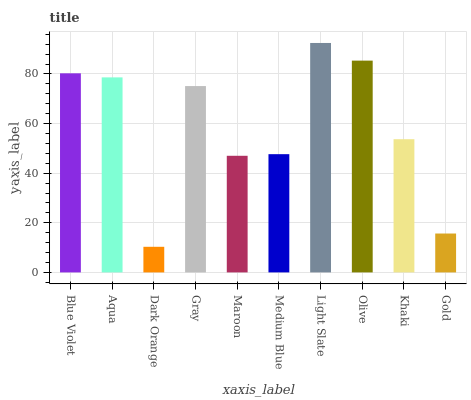
| xaxis_label | bars |
 | --- | --- |
 | Blue Violet | 80.2 |
 | Aqua | 78.6 |
 | Dark Orange | 10.3 |
 | Gray | 75.1 |
 | Maroon | 47 |
 | Medium Blue | 47.7 |
 | Light Slate | 92.5 |
 | Olive | 85.4 |
 | Khaki | 53.7 |
 | Gold | 15.7 |